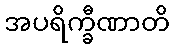
အပရိက္ခီဏာတိ